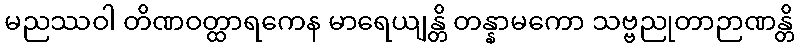
မညဿဝါ တိဏဝတ္ထာရကေန မာရေယျန္တိ တန္နာမကော သဗ္ဗညုတာဉာဏန္တိ